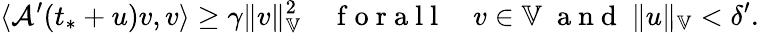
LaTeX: \langle\mathcal{A}^{\prime}(t_{*}+u)v,v\rangle\ge\gamma\| v\| _{\mathbb{V}}^{2}\quad\mathrm{~f~o~r~a~l~l~}\quad v\in\mathbb{V}\; \mathrm{~a~n~d~}\; \| u\| _{\mathbb{V}}<\delta^{\prime}.